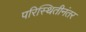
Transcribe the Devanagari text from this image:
परिस्थितीनंतर